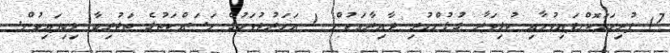
7) ފުރިހަމަކޮށްފައިވުމާއި ކުޅިވަރާ ގުޅުންހުރި ދާއިރާއަކުން 1 އަހަރުދުވަހުގެ މަސައްކަތުގެ ތަޖުރިބާ ލިބިފައިވުން.